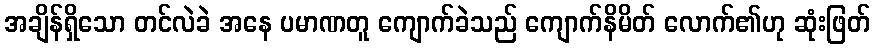
အချိန်ရှိသော တင်လဲခဲ အနေ ပမာဏတူ ကျောက်ခဲသည် ကျောက်နိမိတ် လောက်၏ဟု ဆုံးဖြတ်